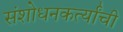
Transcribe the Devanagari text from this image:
संशोधनकर्त्यांची